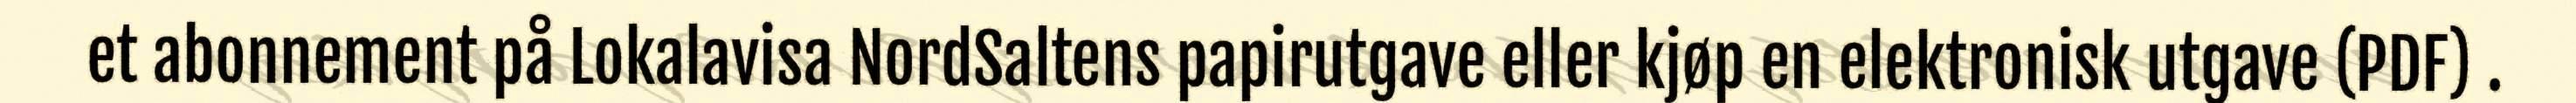
et abonnement på Lokalavisa NordSaltens papirutgave eller kjøp en elektronisk utgave (PDF) .